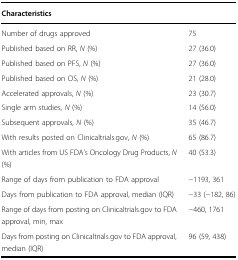
| Characteristics |  |
 | --- | --- |
 | Number of drugs approved | 75 |
 | Published based on RR, N (%) | 27 (36.0) |
 | Published based on PFS, N (%) | 27 (36.0) |
 | Published based on OS, N (%) | 21 (28.0) |
 | Accelerated approvals, N (%) | 23 (30.7) |
 | Single arm studies, N (%) | 14 (56.0) |
 | Subsequent approvals, N (%) | 35 (46.7) |
 | With results posted on Clinicaltrials.gov, N (%) | 65 (86.7) |
 | With articles from US FDA’s Oncology Drug Products, N (%) | 40 (53.3) |
 | Range of days from publication to FDA approval | −1193, 361 |
 | Days from publication to FDA approval, median (IQR) | −33 (−182, 86) |
 | Range of days from posting on Clinicaltrials.gov to FDA approval, min, max | −460, 1761 |
 | Days from posting on Clinicaltrials.gov to FDA approval, median (IQR) | 96 (59, 438) |